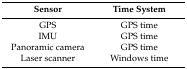
| Sensor | Time System |
 | --- | --- |
 | GPS | GPS time |
 | IMU | GPS time |
 | Panoramic camera | GPS time |
 | Laser scanner | Windows time |